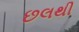
છલથી